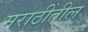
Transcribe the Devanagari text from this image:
मराठींतील